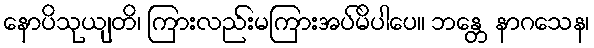
နောပိသုယျတိ၊ ကြားလည်းမကြားအပ်မိပါပေ။ ဘန္တေ နာဂသေန၊